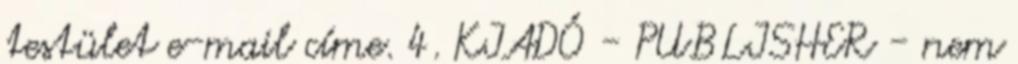
testület e-mail címe. 4. KIADÓ - PUBLISHER - nem